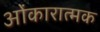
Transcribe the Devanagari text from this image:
ओंकारात्मक